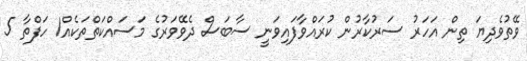
ވޭތުވެދިޔަ ތިން އަހަރު ސަރުކާރުން ކުރައްވާފައިވަނީ ސާބަސް ދެވޭވަރުގެ މަސައްކަތްތަކެއް1 ހަފްތާ 5